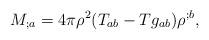
LaTeX: \begin{align*} M_{;a} = 4\pi\rho^2 (T_{ab} - T g_{ab}) \rho^{;b},\end{align*}